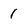
Character: 1